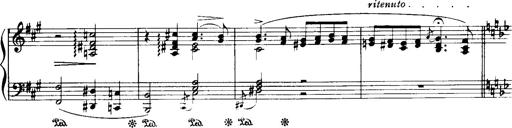
Title: Historische ungarische Bildnisse
Composer: Franz Liszt